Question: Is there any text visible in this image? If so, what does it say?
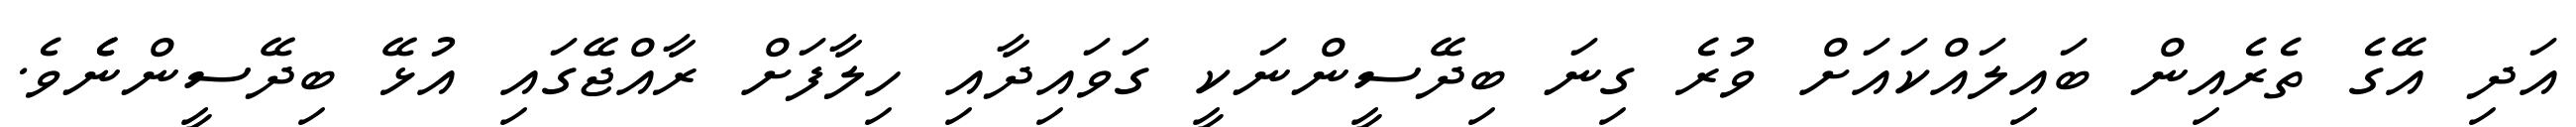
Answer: އަދި އޭގެ ތެރެއިން ބައިލައްކައަށް ވުރެ ގިނަ ބިދޭސީންނަކީ ގަވައިދާއި ހިލާފަށް ރާއްޖޭގައި އުޅޭ ބިދޭސީންނެެވެ.